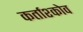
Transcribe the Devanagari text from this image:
कर्ताश्कोव